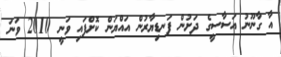
އާ ގާނޫނު އަސާސީގެ ދަށުން ފަނޑިޔާރުން އައްޔަން ކޮށްފައި ވަނީ 2010 ވަނަ